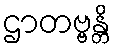
ဌာတဗ္ဗန္တိ